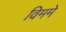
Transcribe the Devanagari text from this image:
विममे